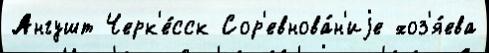
Ангушт Черк'е́сск Сор'евнова́н'иjе хоз'я́ева